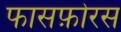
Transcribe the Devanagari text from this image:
फासफ़ोरस